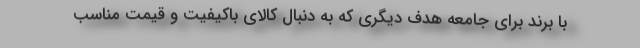
با برند برای جامعه هدف دیگری که به دنبال کالای باکیفیت و قیمت مناسب